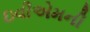
ઇવીએમની